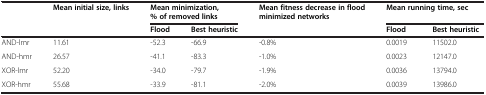
<table><thead><tr><td><b> </b></td><td><b>Mean initial size, links</b></td><td colspan="2"><b>Mean minimization, % of removed links</b></td><td><b>Mean fitness decrease in flood minimized networks</b></td><td colspan="2"><b>Mean running time, sec</b></td></tr></thead><tbody><tr><td> </td><td> </td><td><b>Flood</b></td><td><b>Best heuristic</b></td><td> </td><td><b>Flood</b></td><td><b>Best heuristic</b></td></tr><tr><td>AND-lmr</td><td>11.61</td><td>-52.3</td><td>-66.9</td><td>-0.8%</td><td>0.0019</td><td>11502.0</td></tr><tr><td>AND-hmr</td><td>26.57</td><td>-41.1</td><td>-83.3</td><td>-1.0%</td><td>0.0023</td><td>12147.0</td></tr><tr><td>XOR-lmr</td><td>52.20</td><td>-34.0</td><td>-79.7</td><td>-1.9%</td><td>0.0036</td><td>13794.0</td></tr><tr><td>XOR-hmr</td><td>55.68</td><td>-33.9</td><td>-81.1</td><td>-2.0%</td><td>0.0039</td><td>13986.0</td></tr></tbody></table>